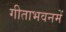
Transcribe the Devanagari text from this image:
गीताभवनमें